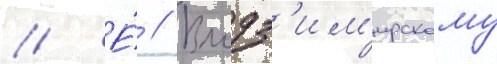
// Е́ // Влодз'им'ирскому